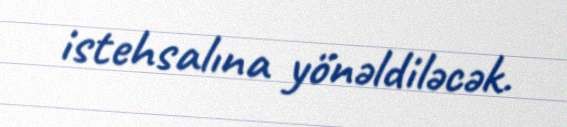
istehsalına yönəldiləcək.